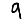
Digit: 9